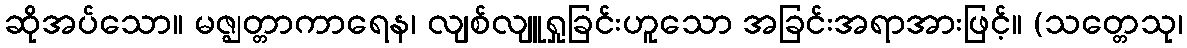
ဆိုအပ်သော။ မဇ္ဈတ္တာကာရေန၊ လျစ်လျူရှုခြင်းဟူသော အခြင်းအရာအားဖြင့်။ (သတ္တေသု၊